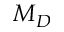
M _ { D }